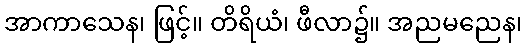
အာကာသေန၊ ဖြင့်။ တိရိယံ၊ ဖီလာ၌။ အညမညေန၊